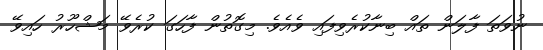
ނުވަތަ ފާލަން ތައް ބިނާކުރެވިފައި ވެއެވެ. މިގޮތުން ފާހަގަ ކުރެވޭ މަޝްހޫރު ހައިވޭ